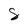
Character: 8